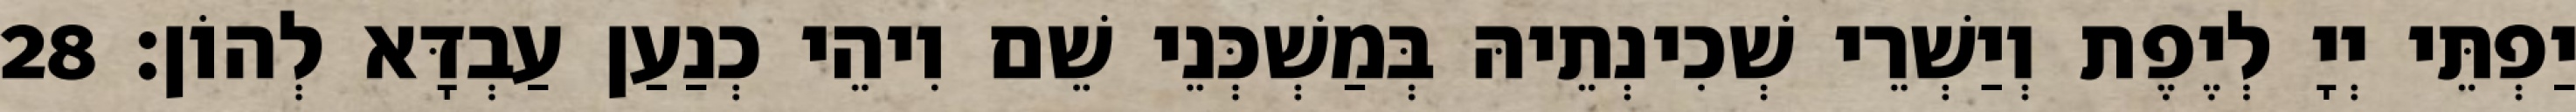
יַפְתֵּי יְיָ לְיֶפֶת וְיַשְׁרֵי שְׁכִינְתֵיהּ בְּמַשְׁכְּנֵי שֵׁם וִיהֵי כְנַעַן עַבְדָּא לְהוֹן׃ 28